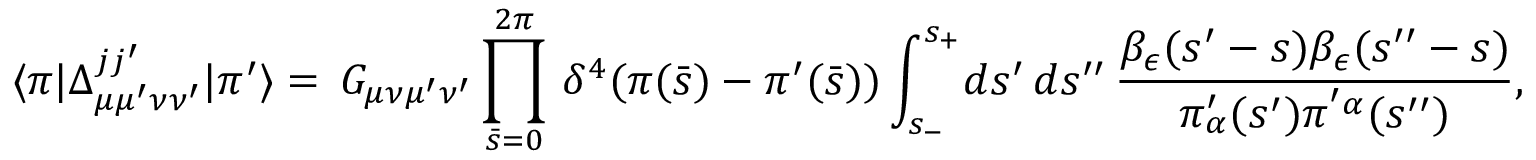
\langle \pi | \Delta _ { \mu \mu ^ { \prime } \nu \nu ^ { \prime } } ^ { j j ^ { \prime } } | \pi ^ { \prime } \rangle = \, G _ { \mu \nu \mu ^ { \prime } \nu ^ { \prime } } \prod _ { \bar { s } = 0 } ^ { 2 \pi } \, \delta ^ { 4 } ( \pi ( \bar { s } ) - \pi ^ { \prime } ( \bar { s } ) ) \int _ { s _ { - } } ^ { s _ { + } } \! d s ^ { \prime } \, d s ^ { \prime \prime } \, { \frac { \beta _ { \epsilon } ( s ^ { \prime } - s ) \beta _ { \epsilon } ( s ^ { \prime \prime } - s ) } { \pi _ { \alpha } ^ { \prime } ( s ^ { \prime } ) \pi ^ { ' \alpha } ( s ^ { \prime \prime } ) } } ,